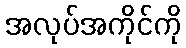
အလုပ်အကိုင်ကို